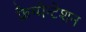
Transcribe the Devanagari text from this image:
फ्रैग्मेन्टेशन